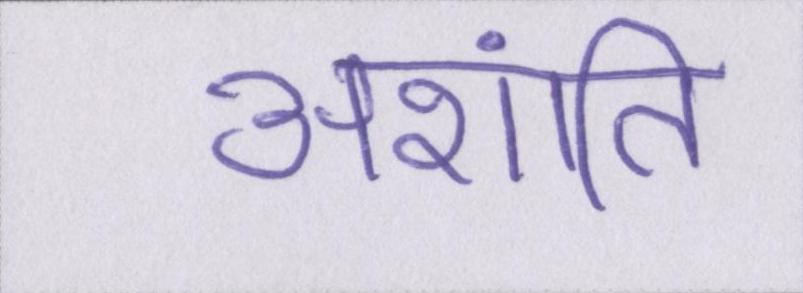
अशांति